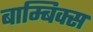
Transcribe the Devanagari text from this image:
बाम्बिक्स